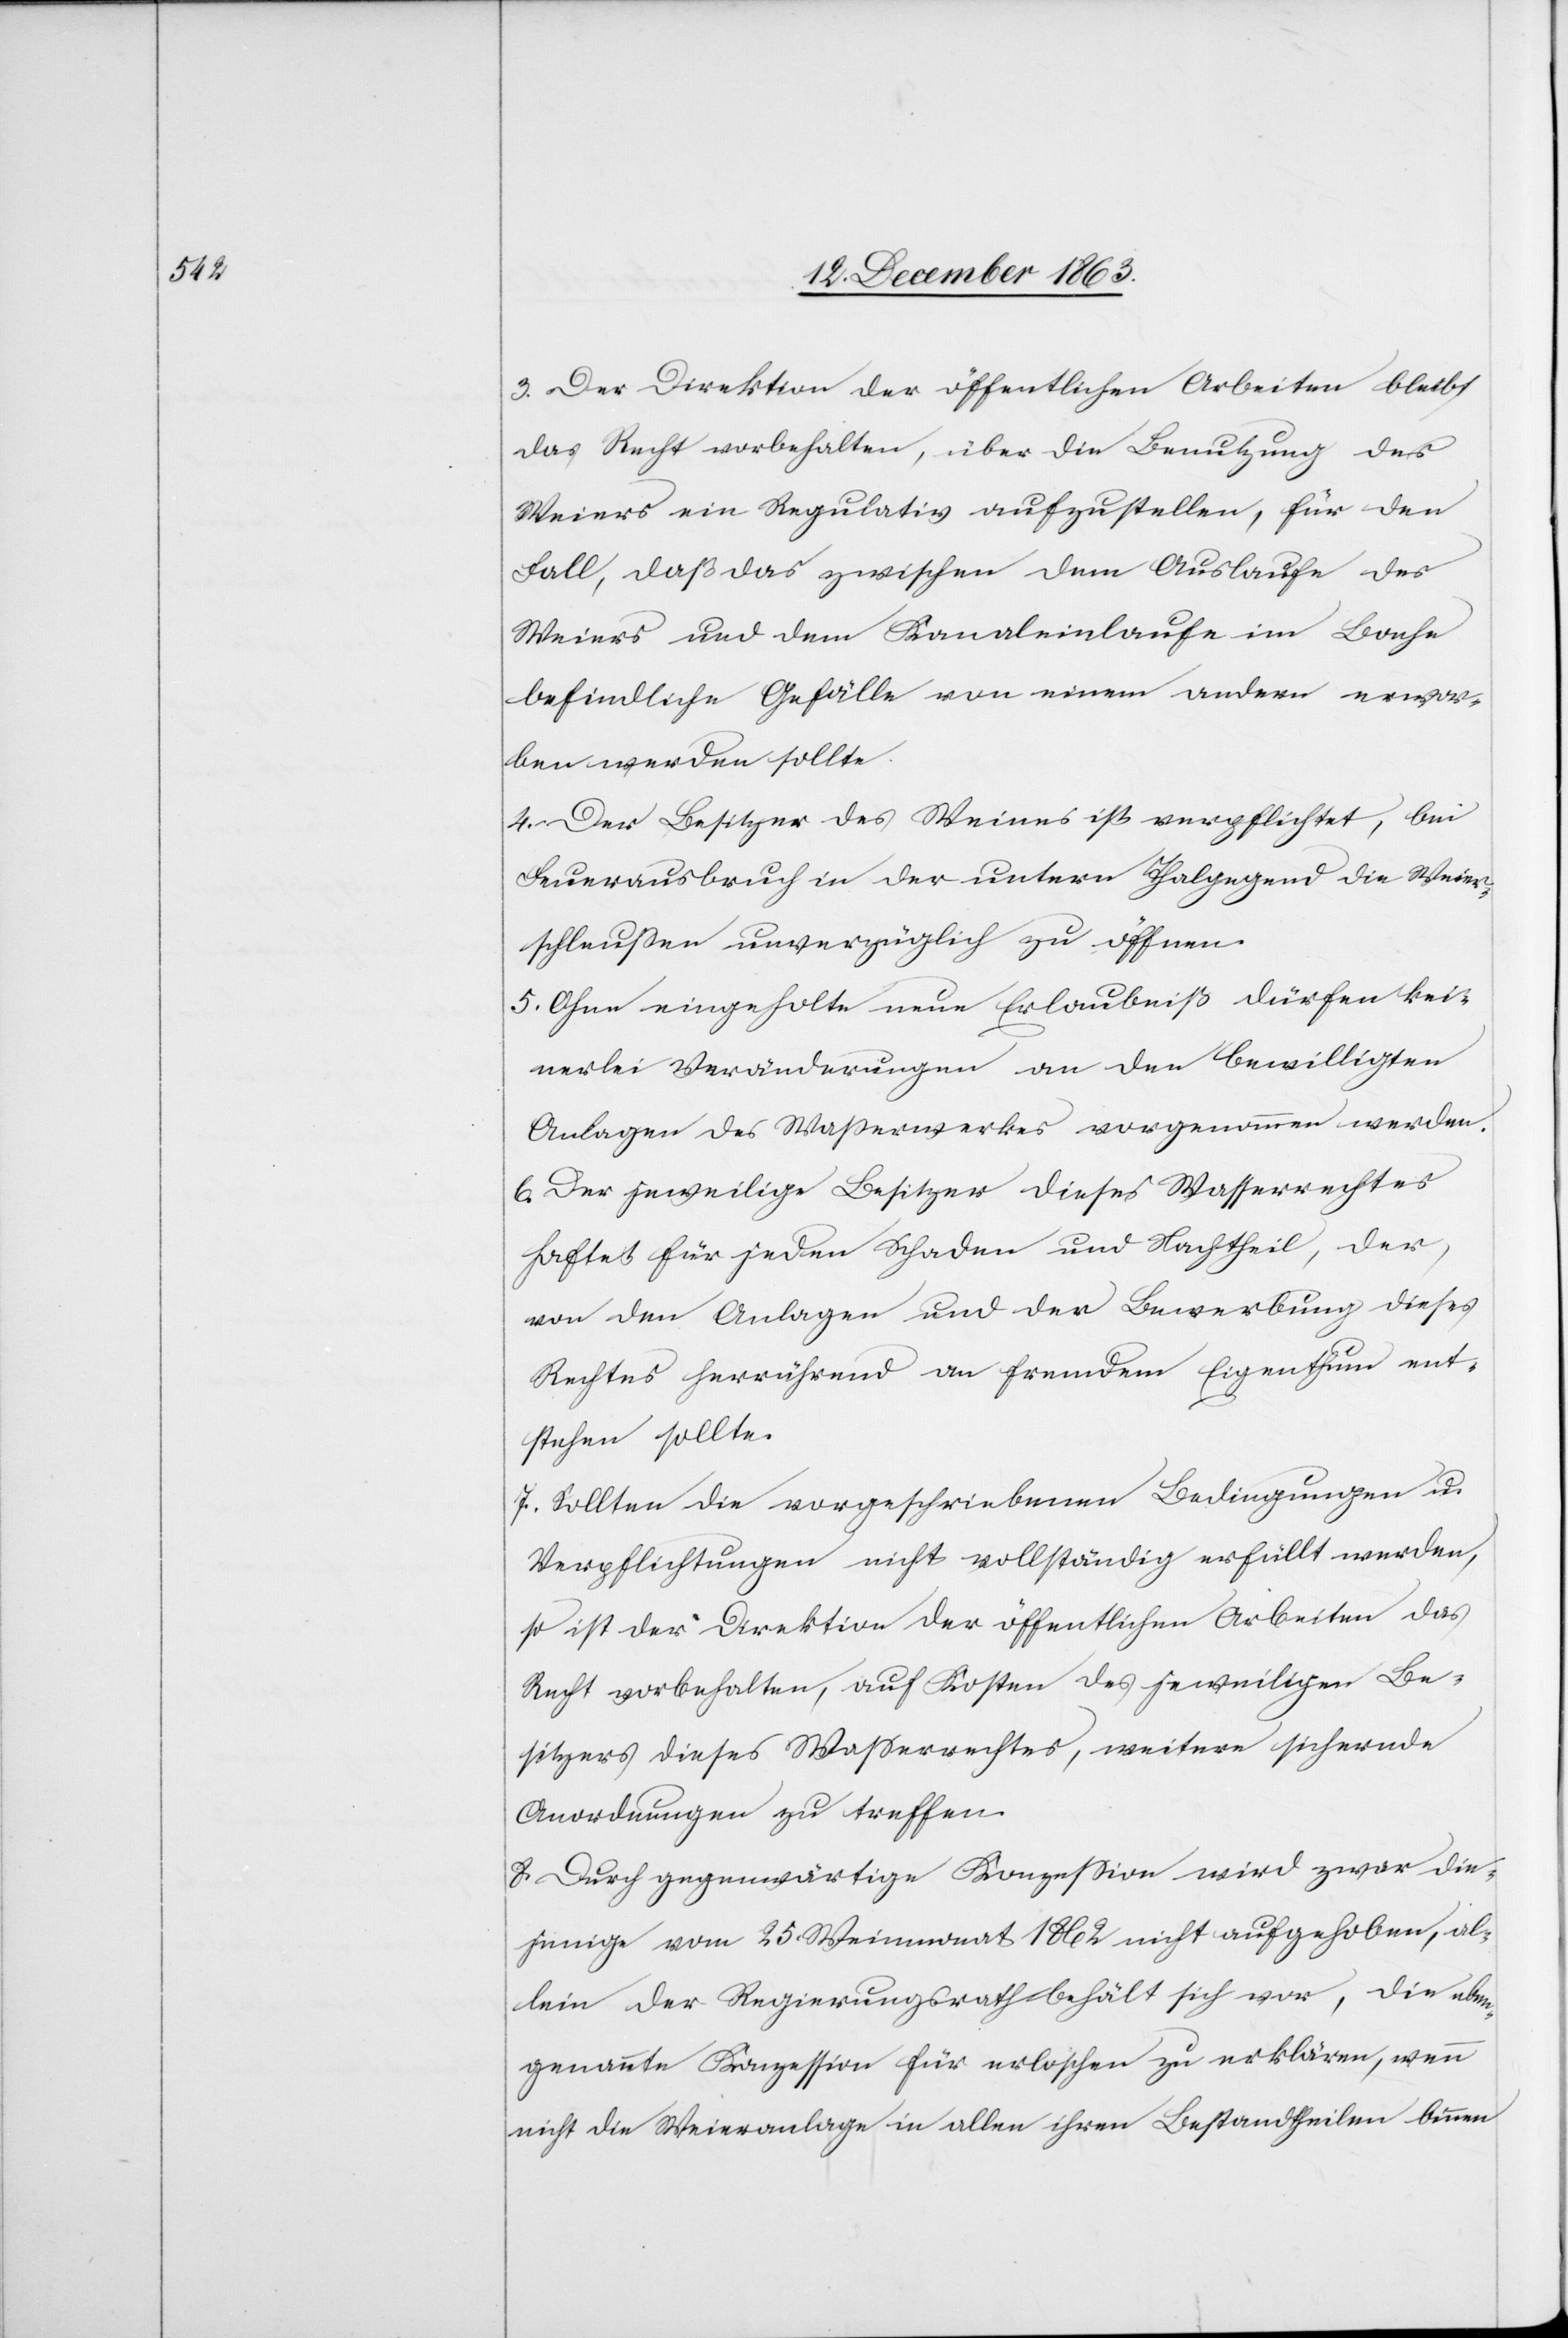
3. Der Direktion der öffentlichen Arbeiten bleibt
das Recht vorbehalten, über die Benutzung des
Weiers ein Regulativ aufzustellen, für den
Fall, daß das zwischen dem Auslaufe des
Weiers und dem Kanaleinlaufe im Bache
befindliche Gefälle von einem andern erwor¬
ben werden sollte.
4. Der Besitzer des Weiers ist verpflichtet, bei
Feuerausbruch in der untern Thalgegend die Weier¬
schleußen unverzüglich zu öffnen.
5. Ohne eingeholte neue Erlaubniß dürfen kei¬
nerlei Veränderungen an den bewilligten
Anlagen des Wasserwerkes vorgenommen werden.
6. Der jeweilige Besitzer dieses Wasserrechtes
haftet für jeden Schaden und Nachtheil, der,
von den Anlagen und der Bewerbung dieses
Rechtes herrührend an fremdem Eigenthum ent¬
stehen sollte.
7. Sollten die vorgeschriebenen Bedingungen u.
Verpflichtungen nicht vollständig erfüllt werden,
so ist der Direktion der öffentlichen Arbeiten das
Recht vorbehalten, auf Kosten des jeweiligen Be¬
sitzers dieses Wasserrechtes, weitere sichernde
Anordnungen zu treffen.
8. Durch gegenwärtige Konzession wird zwar die¬
jenige vom 25. Weinmonat 1862 nicht aufgehoben, al¬
lein der Regierungsrath behält sich vor, die eben¬
genannte Konzession für erloschen zu erklären, wenn
nicht die Weieranlage in allen ihren Bestandtheilen binnen